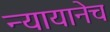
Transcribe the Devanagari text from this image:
न्यायानेच